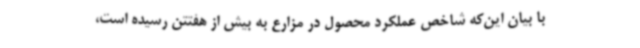
با بیان این‌که شاخص عملکرد محصول در مزارع به بیش از هفتتن رسیده است،